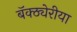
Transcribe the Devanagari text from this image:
बॅक्ठ्येरीया